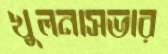
খুলনাসভার